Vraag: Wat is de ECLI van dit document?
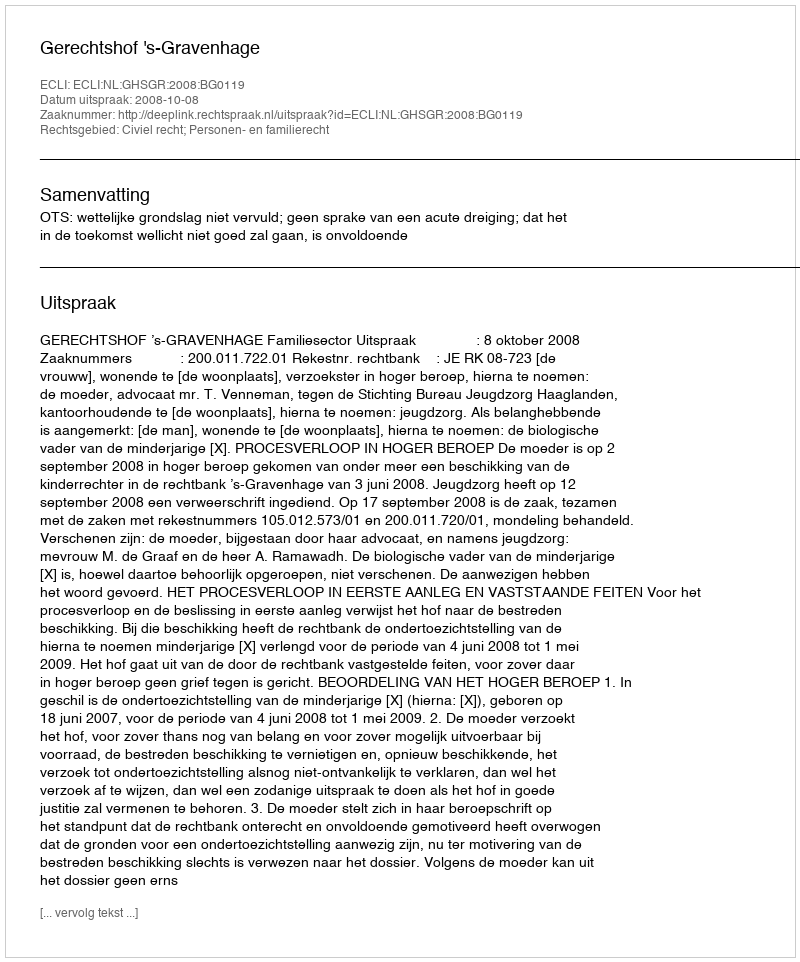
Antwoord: ECLI:NL:GHSGR:2008:BG0119